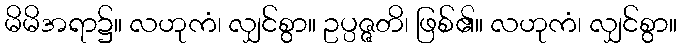
မိမိအရာ၌။ လဟုကံ၊ လျှင်စွာ။ ဥပ္ပဇ္ဇတိ၊ ဖြစ်၏။ လဟုကံ၊ လျှင်စွာ။